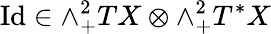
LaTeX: \mathrm{Id}\in\wedge_{+}^{2}TX\otimes\wedge_{+}^{2}T^{*}X